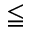
\leqq